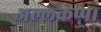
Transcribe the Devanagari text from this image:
अल्लकप्प।